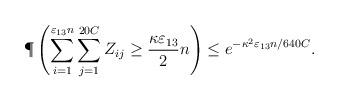
LaTeX: \begin{align*}\P\left(\sum_{i=1}^{\varepsilon_{13}n}\sum_{j=1}^{20C} Z_{ij} \geq \frac{\kappa\varepsilon_{13}}{2}n\right) \leq e^{-\kappa^2\varepsilon_{13}n/640C}.\end{align*}